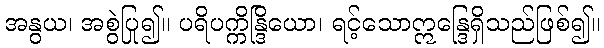
အနွယ၊ အစွဲပြု၍။ ပရိပက္ကိန္ဒြိယော၊ ရင့်သောဣန္ဒြေရှိသည်ဖြစ်၍။